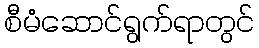
စီမံဆောင်ရွက်ရာတွင်